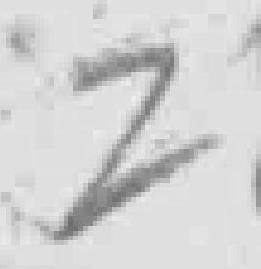
2